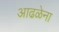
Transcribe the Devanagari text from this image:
आढळेना